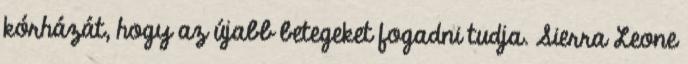
kórházát, hogy az újabb betegeket fogadni tudja. Sierra Leone